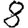
Digit: 8